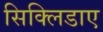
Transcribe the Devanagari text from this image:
सिक्लिडाए